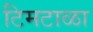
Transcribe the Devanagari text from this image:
टिमटाळा